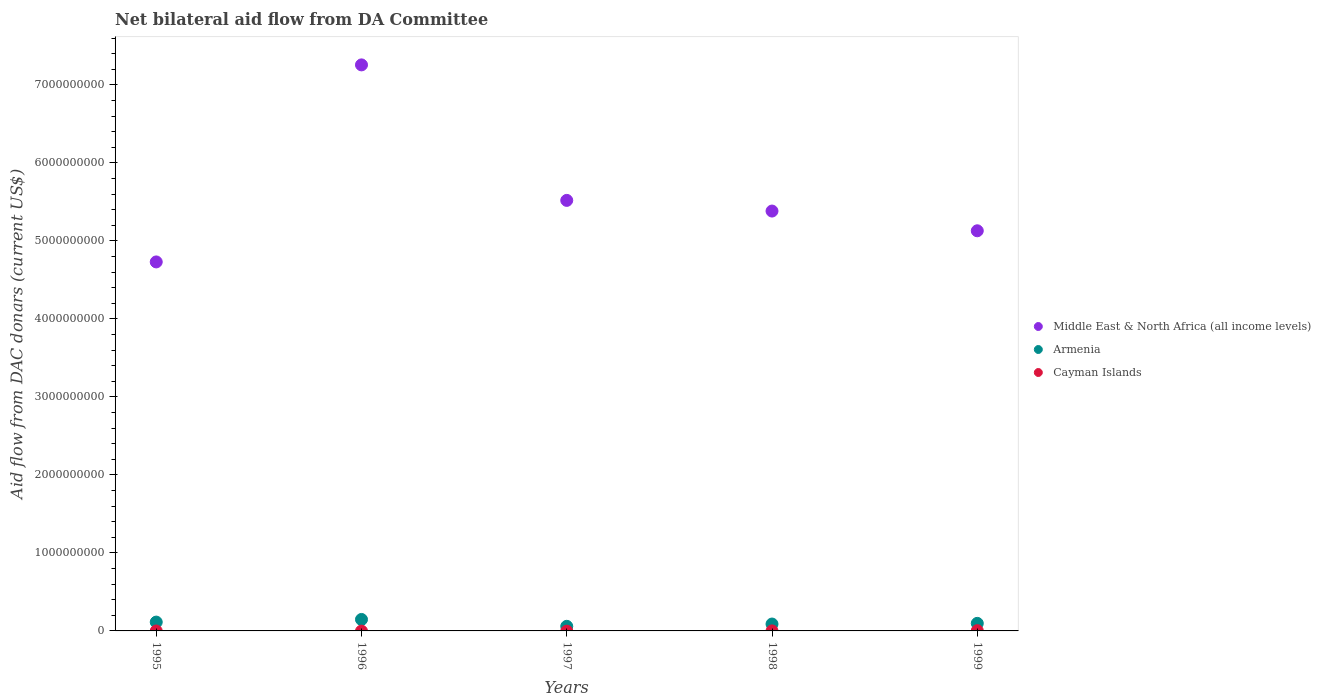
| Years | Middle East & North Africa (all income levels) | Armenia | Cayman Islands |
 | --- | --- | --- | --- |
 | 1995 | 4.73e+09 | 1.13e+08 | -6.3e+05 |
 | 1996 | 7.26e+09 | 1.47e+08 | -2.23e+06 |
 | 1997 | 5.52e+09 | 5.89e+07 | -3.1e+06 |
 | 1998 | 5.38e+09 | 8.82e+07 | 2.3e+05 |
 | 1999 | 5.13e+09 | 9.69e+07 | 3.29e+06 |